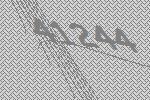
41244